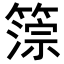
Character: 𥲚